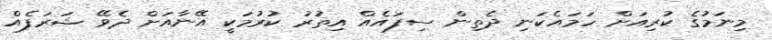
މިނަމުގެ ކުރިއަށް ހަމައެކަނި ދެތިން ސިފައެއް އިތުރު ކުރުމަކީ އޭނާއަށް ދެވޭ ޝަރަފެއް